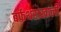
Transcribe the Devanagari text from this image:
बर्फथराखाली